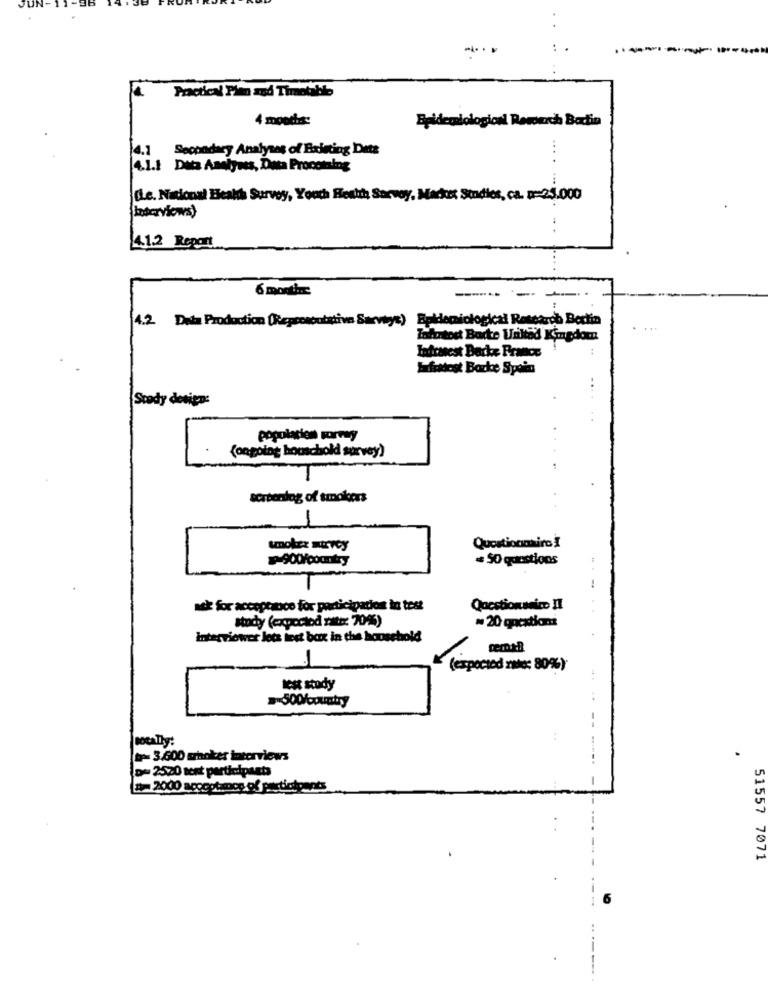
:
..-------
Practical Plan and Timetable
4 months:
Epidemiological Reverch Bartin
Secondary Analyses of Existing Data
...
4.1.1 Data Analyses, Data Processing
(Le. National Health Survey, Youth Heath Servoy, Macket Studies, ca. p=25.000
laservices)
4.1.2 Report
6 months
-----
4.2 Data Production (Reprostubstive Sarviye) Epidemiological Research Bestia
Zahotost Bare Vriktad Kingdom
Infratest Backe France
Lafittest Backe Spain
Stody design:
(ongoing houschold survey)
torbenslog of smokers
unoker strvoy
Questionnaire I
900/country
# 50 questions
ask for acceptance for participation in tost
Questionsnico II
study (expectod zatt: 70%)
= 20 questions
Interviewer lecz iest bax in the household
(expected rate: 80%)
test study
500/country
...
--
totally:
3.600 choker tatorviews
D= 2520 sent participants
= 2000 acceptmon of participants
51557 7071